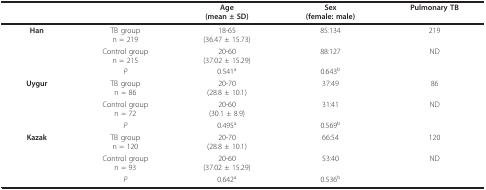
<table><thead><tr><td></td><td></td><td><b>Age(mean ± SD)</b></td><td><b>Sex(female: male)</b></td><td><b>Pulmonary TB</b></td></tr></thead><tbody><tr><td><b>Han</b></td><td>TB groupn = 219</td><td>18-65(36.47 ± 15.73)</td><td>85:134</td><td>219</td></tr><tr><td></td><td>Control groupn = 215</td><td>20-60(37.02 ± 15.29)</td><td>88:127</td><td>ND</td></tr><tr><td></td><td><i>P</i></td><td>0.541<sup>a</sup></td><td>0.643<sup>b</sup></td><td></td></tr><tr><td><b>Uygur</b></td><td>TB groupn = 86</td><td>20-70(28.8 ± 10.1)</td><td>37:49</td><td>86</td></tr><tr><td></td><td>Control groupn = 72</td><td>20-60(30.1 ± 8.9)</td><td>31:41</td><td>ND</td></tr><tr><td></td><td><i>P</i></td><td>0.495<sup>a</sup></td><td>0.569<sup>b</sup></td><td></td></tr><tr><td><b>Kazak</b></td><td>TB groupn = 120</td><td>20-70(28.8 ± 10.1)</td><td>66:54</td><td>120</td></tr><tr><td></td><td>Control groupn = 93</td><td>20-60(37.02 ± 15.29)</td><td>53:40</td><td>ND</td></tr><tr><td></td><td><i>P</i></td><td>0.642<sup>a</sup></td><td>0.536<sup>b</sup></td><td></td></tr></tbody></table>